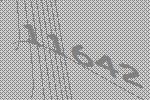
11642